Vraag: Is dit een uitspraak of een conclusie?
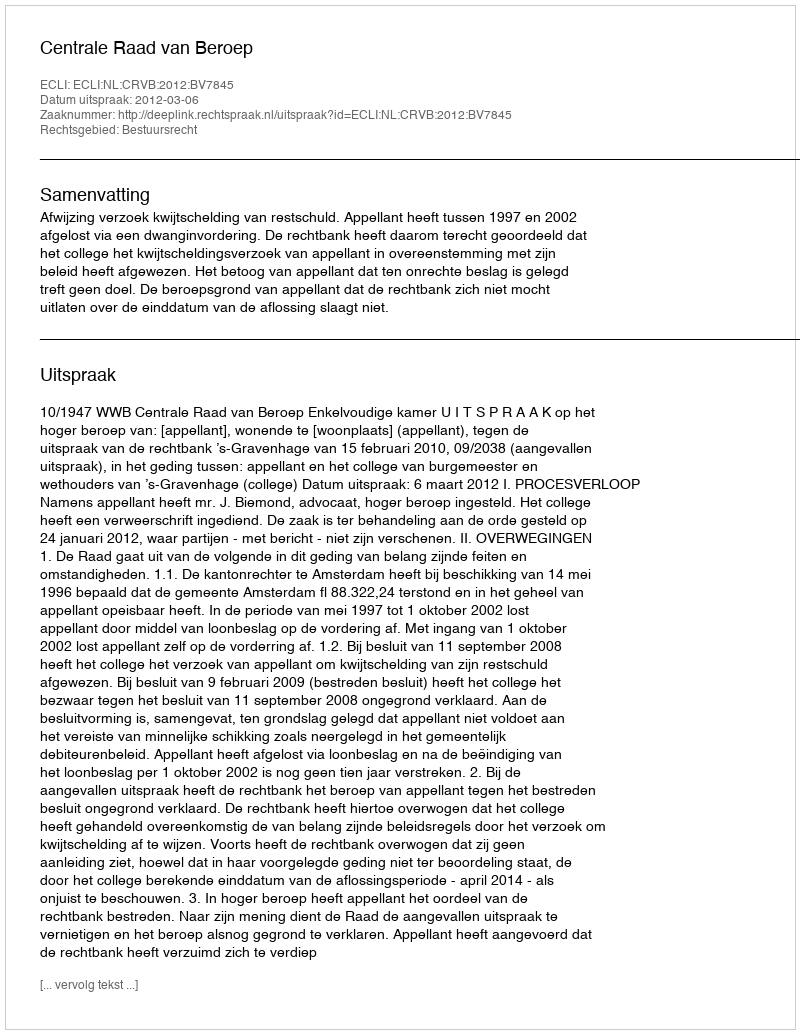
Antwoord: Uitspraak